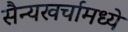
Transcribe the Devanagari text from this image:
सैन्यखर्चामध्ये